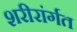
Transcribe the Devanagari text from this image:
शरीरांर्गत